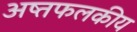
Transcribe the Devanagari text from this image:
अष्तफलकीय